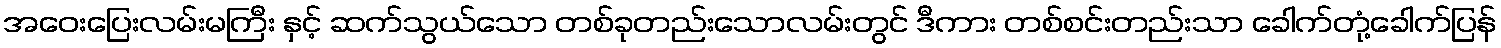
အဝေးပြေးလမ်းမကြီး နှင့် ဆက်သွယ်သော တစ်ခုတည်းသောလမ်းတွင် ဒီကား တစ်စင်းတည်းသာ ခေါက်တုံ့ခေါက်ပြန်